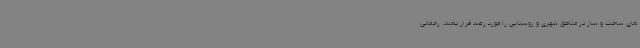
های ساخت و ساز در مناطق شهری و روستایی را مورد رصد قرار دهند. رحمانی